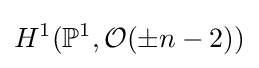
H^{1}(\mathbb {P} ^{1},{\mathcal {O}}(\pm n-2))